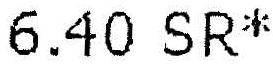
6.40 SR*